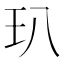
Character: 玐